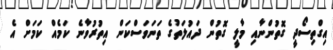
އިގްތިސޯދީ ގޮތުންނާއި މާލީ ގޮތުން ދައުލަތުގެ ތަނަވަސްކަން އިތުރުވާނެ ކަމެއް ކަމަށް އެ